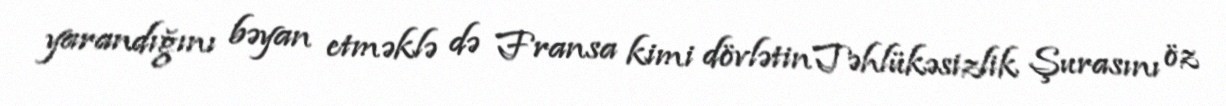
yarandığını bəyan etməklə də Fransa kimi dövlətin Təhlükəsizlik Şurasını öz